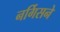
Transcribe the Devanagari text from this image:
नर्गिसने